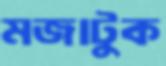
মজাটুক